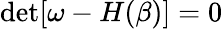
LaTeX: \operatorname*{det}[\omega-H(\beta)]=0